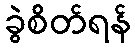
ခွဲစိတ်ရန်